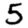
Digit: 5